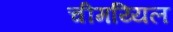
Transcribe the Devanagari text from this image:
चीमय्यिल